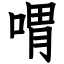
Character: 喟